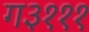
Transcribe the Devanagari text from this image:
ग३१११